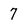
Character: 7